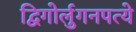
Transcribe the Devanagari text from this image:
द्विगोर्लुगनपत्ये